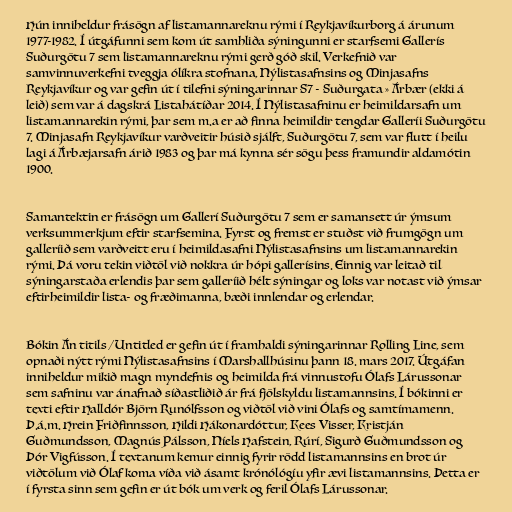
Hún inniheldur frásögn af listamannareknu rými í Reykjavíkurborg á árunum
1977-1982. Í útgáfunni sem kom út samhliða sýningunni er starfsemi Gallerís
Suðurgötu 7 sem listamannareknu rými gerð góð skil. Verkefnið var
samvinnuverkefni tveggja ólíkra stofnana, Nýlistasafnsins og Minjasafns
Reykjavíkur og var gefin út í tilefni sýningarinnar S7 - Suðurgata » Árbær (ekki á
leið) sem var á dagskrá Listahátíðar 2014. Í Nýlistasafninu er heimildarsafn um
listamannarekin rými, þar sem m.a er að finna heimildir tengdar Galleríi Suðurgötu
7. Minjasafn Reykjavíkur varðveitir húsið sjálft, Suðurgötu 7, sem var flutt í heilu
lagi á Árbæjarsafn árið 1983 og þar má kynna sér sögu þess framundir aldamótin
1900.

Samantektin er frásögn um Gallerí Suðurgötu 7 sem er samansett úr ýmsum
verksummerkjum eftir starfsemina. Fyrst og fremst er stuðst við frumgögn um
galleríið sem varðveitt eru í heimildasafni Nýlistasafnsins um listamannarekin
rými. Þá voru tekin viðtöl við nokkra úr hópi gallerísins. Einnig var leitað til
sýningarstaða erlendis þar sem galleríið hélt sýningar og loks var notast við ýmsar
eftirheimildir lista- og fræðimanna, bæði innlendar og erlendar.

Bókin Án titils / Untitled er gefin út í framhaldi sýningarinnar Rolling Line, sem
opnaði nýtt rými Nýlistasafnsins í Marshallhúsinu þann 18. mars 2017. Útgáfan
inniheldur mikið magn myndefnis og heimilda frá vinnustofu Ólafs Lárussonar
sem safninu var ánafnað síðastliðið ár frá fjölskyldu listamannsins. Í bókinni er
texti eftir Halldór Björn Runólfsson og viðtöl við vini Ólafs og samtímamenn.
Þ.á.m. Hrein Friðfinnsson, Hildi Hákonardóttur, Kees Visser, Kristján
Guðmundsson, Magnús Pálsson, Níels Hafstein, Rúrí, Sigurð Guðmundsson og
Þór Vigfússon. Í textanum kemur einnig fyrir rödd listamannsins en brot úr
viðtölum við Ólaf koma víða við ásamt krónólógíu yfir ævi listamannsins. Þetta er
í fyrsta sinn sem gefin er út bók um verk og feril Ólafs Lárussonar.